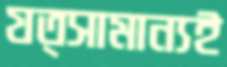
যত্সামান্যই